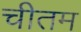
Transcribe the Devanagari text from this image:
चीतम